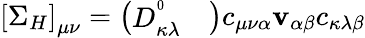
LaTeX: \left[\Sigma_{H}\right]_{\mu\nu}=\left(\begin{array}{cc}{D_{\kappa\lambda}^{^0}}&{}\end{array}\right)c_{\mu\nu\alpha}\mathbf{v}_{\alpha\beta}c_{\kappa\lambda\beta}